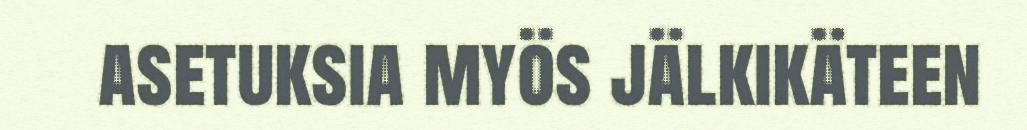
asetuksia myös jälkikäteen